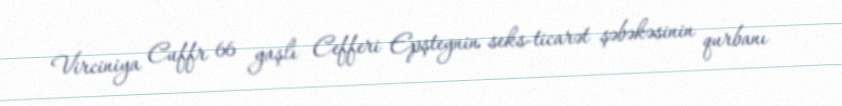
Virciniya Cuffr 66 yaşlı Cefferi Epşteynin seks-ticarət şəbəkəsinin qurbanı